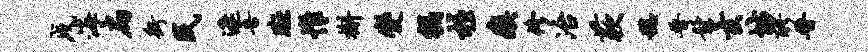
戌海扁街民遮吾斑帷槲变祸柱瘼修冶蔌稳晋髫玄坊醪晋